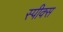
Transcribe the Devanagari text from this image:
स्पीक्स